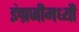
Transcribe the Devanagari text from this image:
इंग्रजीमध्यी